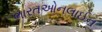
ભારતઓનલાઈન